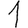
Digit: 1